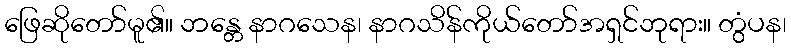
ဖြေဆိုတော်မူ၏။ ဘန္တေ နာဂသေန၊ နာဂသိန်ကိုယ်တော်အရှင်ဘုရား။ တွံပန၊